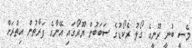
މެސީ ބުނީ ރޫނީގެ ގޯލު ރެކޯޑުގެ ސަބަބުން ޔޫރޯގައި އޭނާގެ ފަރާތުން އިތުރަށް